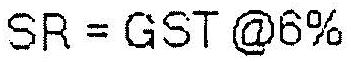
SR = GST @6%